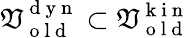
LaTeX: \mathfrak{V}_{\mathrm{{~o~l~d~}}}^{\mathrm{{~d~y~n~}}}\subset\mathfrak{V}_{\mathrm{{~o~l~d~}}}^{\mathrm{{~k~i~n~}}}